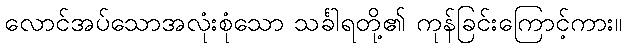
လောင်အပ်သောအလုံးစုံသော သင်္ခါရတို့၏ ကုန်ခြင်းကြောင့်ကား။